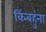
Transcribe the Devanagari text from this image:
किंबहुंना